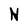
Character: N